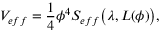
V _ { e f f } = { \frac { 1 } { 4 } } \phi ^ { 4 } S _ { e f f } { \big ( } \lambda , L ( \phi ) { \big ) } ,